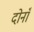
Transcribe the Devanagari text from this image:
दोनाँ